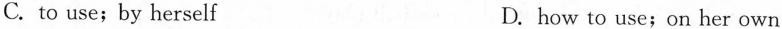
C. to use;by herself D. how to use;on her own